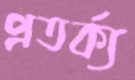
প্রতর্ক্য